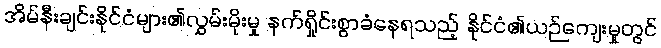
အိမ်နီးချင်းနိုင်ငံများ၏လွှမ်းမိုးမှု နက်ရှိုင်းစွာခံနေရသည့် နိုင်ငံ၏ယဉ်ကျေးမှုတွင်